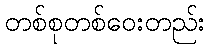
တစ်စုတစ်ဝေးတည်း